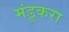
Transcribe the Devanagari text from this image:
मंडूकरा